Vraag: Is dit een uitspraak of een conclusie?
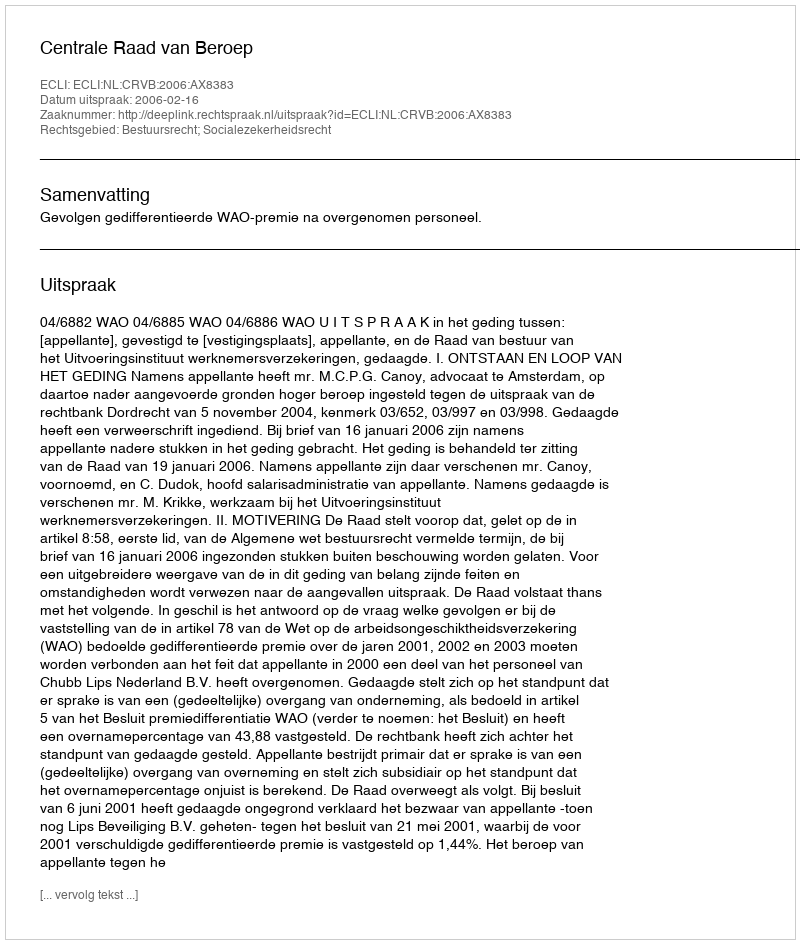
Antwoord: Uitspraak